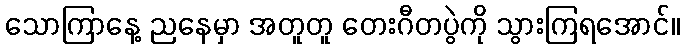
သောကြာနေ့ ညနေမှာ အတူတူ တေးဂီတပွဲကို သွားကြရအောင်။